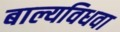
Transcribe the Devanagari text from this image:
बाल्यविधवा